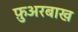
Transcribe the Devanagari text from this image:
फ़ुअरबाख